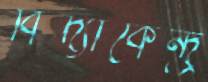
বিদ্যাকেন্দ্র